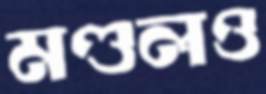
মণ্ডলও